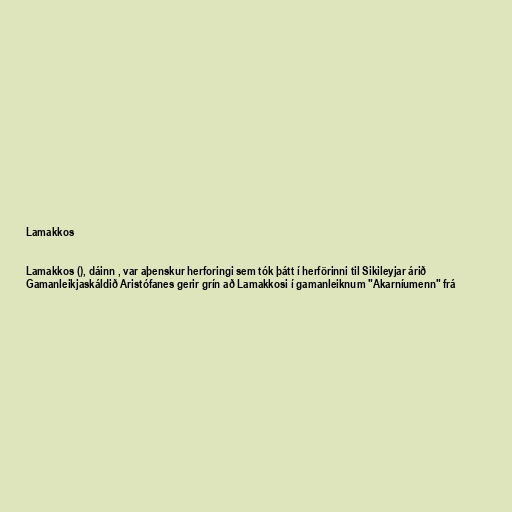
Lamakkos

Lamakkos (), dáinn , var aþenskur herforingi sem tók þátt í herförinni til Sikileyjar árið
Gamanleikjaskáldið Aristófanes gerir grín að Lamakkosi í gamanleiknum "Akarníumenn" frá